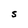
Character: S